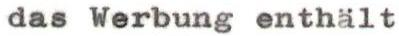
das Werbung enthält